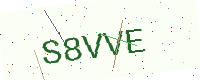
Text: S8VVE